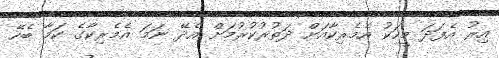
އިރު އެފަދަ މީހަކު އެމެރިކާއަށް ދަތުރުކުރުމަށް އެދޭ ނަމަ އެމެރިކާގެ ކަމާ ބެހޭ